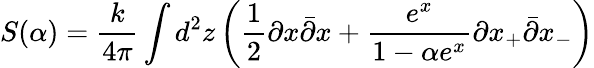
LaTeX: S(\alpha)=\frac{k}{4\pi}\int d^{2}z\left(\frac{1}{2}\partial x\bar{\partial}x+\frac{e^{x}}{1-\alpha e^{x}}\partial x_{+}\bar{\partial}x_{-}\right)